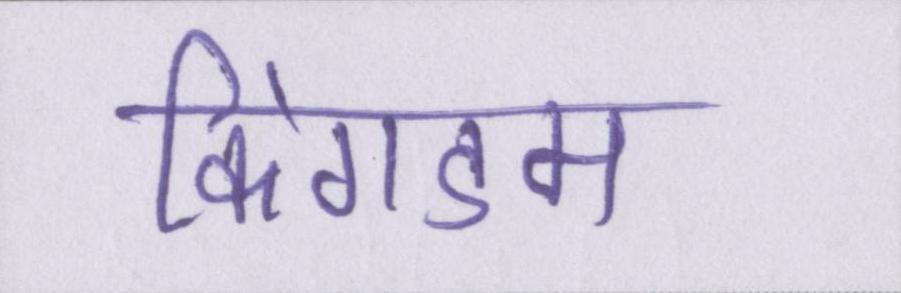
किंगडम